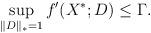
LaTeX: \begin{align*}\sup_{\|D\|_*=1}f'(X^*;D)\le\Gamma.\end{align*}